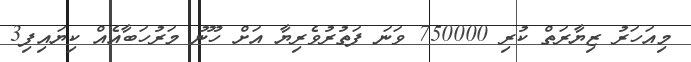
މިއަހަރު ޒިޔާރަތް ކުރި 750000 ވަނަ ފަތުރުވެރިޔާ އަށް ހޫނު މަރުހަބާއެއް ކިޔައިފި3